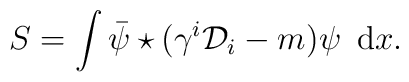
S=\int  \bar{\psi}\star (\gamma^i {\cal{D}}_i-m) \psi  \hspace{2mm}\textrm{d}x.